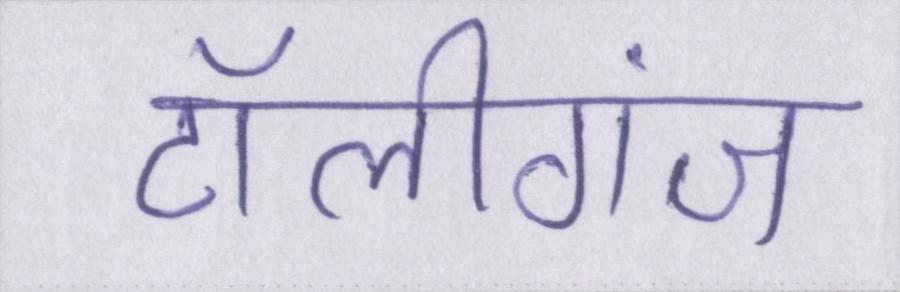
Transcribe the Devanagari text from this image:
टॉलीगंज